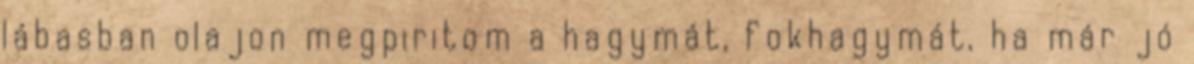
lábasban olajon megpiritom a hagymát, fokhagymát, ha már jó